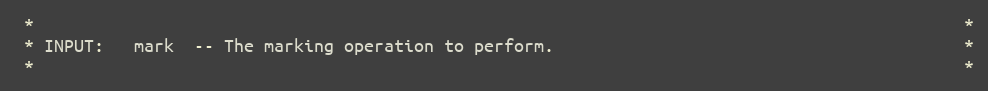
Language: C++
 *                                                                                             *
 * INPUT:   mark  -- The marking operation to perform.                                         *
 *                                                                                             *